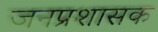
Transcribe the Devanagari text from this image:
जनप्रशासक